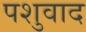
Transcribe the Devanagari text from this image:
पशुवाद